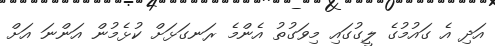
އަދި އެ ގައުމުގެ ލީގުގައި މިވަގުތު އެންމެ ރަނގަޅަށް ކުޅެމުން އަންނަ އަށް